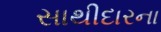
સાથીદારના